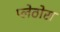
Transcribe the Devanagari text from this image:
प्लेठोरा